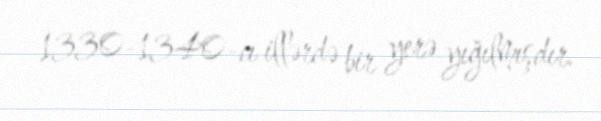
1330-1340-cı illərdə bir yerə yığılmışdır.